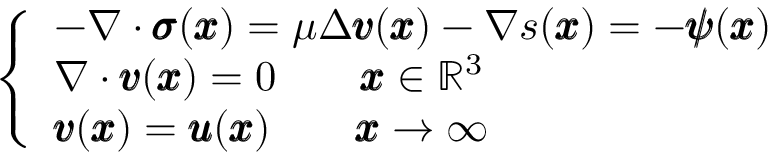
\left\{ \begin{array} { l l } { - \nabla \cdot { \pmb \sigma } ( { \pmb x } ) = \mu \Delta { \pmb v } ( { \pmb x } ) - \nabla s ( { \pmb x } ) = - { \pmb \psi } ( { \pmb x } ) } \\ { \nabla \cdot { \pmb v } ( { \pmb x } ) = 0 \qquad { \pmb x } \in \mathbb { R } ^ { 3 } } \\ { { \pmb v } ( { \pmb x } ) = { \pmb u } ( { \pmb x } ) \qquad { \pmb x } \rightarrow \infty } \end{array} \right.